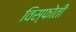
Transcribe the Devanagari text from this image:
विस्फोती